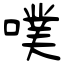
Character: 噗